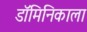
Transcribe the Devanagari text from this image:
डॉमिनिकाला